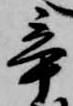
辛